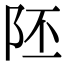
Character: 𨸹